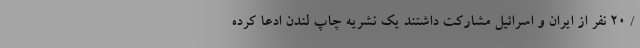
/ 20 نفر از ایران و اسرائیل مشارکت داشتند یک نشریه چاپ لندن ادعا کرده